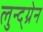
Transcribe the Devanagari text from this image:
लुन्द्ग्रेन